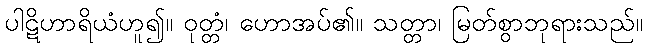
ပါဋိဟာရိယံဟူ၍။ ဝုတ္တံ၊ ဟောအပ်၏။ သတ္တာ၊ မြတ်စွာဘုရားသည်။